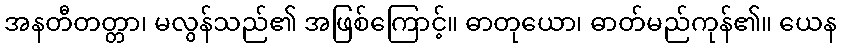
အနတီတတ္တာ၊ မလွန်သည်၏ အဖြစ်ကြောင့်။ ဓာတုယော၊ ဓာတ်မည်ကုန်၏။ ယေန